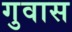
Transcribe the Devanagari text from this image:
गुवास